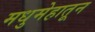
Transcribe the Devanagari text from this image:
मधुमेहातून